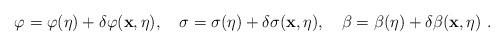
LaTeX: \begin{align*}\varphi = \varphi(\eta) + \delta \varphi ({\bf x},\eta), ~~~\sigma = \sigma(\eta) + \delta \sigma ({\bf x},\eta), ~~~\beta = \beta (\eta) + \delta \beta ({\bf x},\eta) \ .\end{align*}